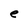
Character: e